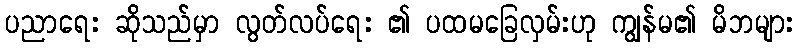
ပညာရေး ဆိုသည်မှာ လွတ်လပ်ရေး ၏ ပထမခြေလှမ်းဟု ကျွန်မ၏ မိဘများ